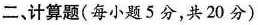
二、计算题(每小题5分，共20分)1